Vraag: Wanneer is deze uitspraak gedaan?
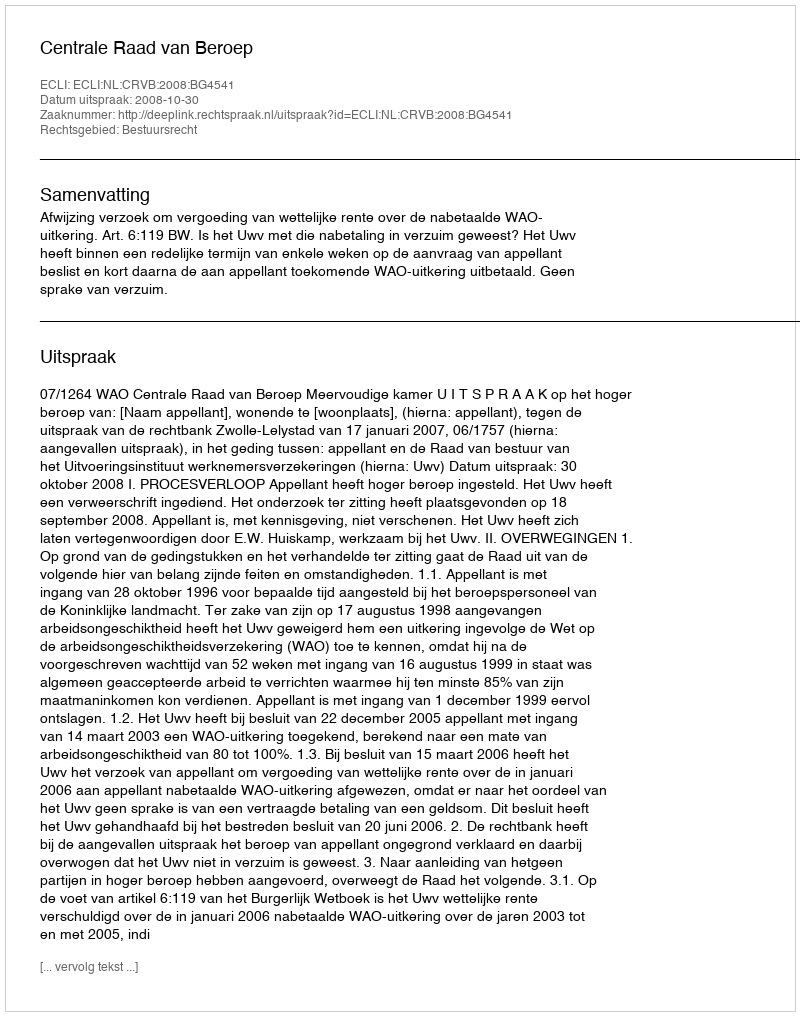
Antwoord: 2008-10-30